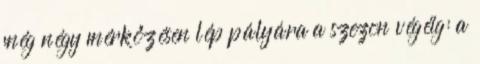
még négy mérkőzésen lép pályára a szezon végéig: a